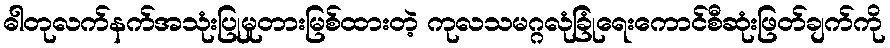
ဓါတုလက်နက်အသုံးပြုမှုတားမြစ်ထားတဲ့ ကုလသမဂ္ဂလုံခြုံရေးကောင်စီဆုံးဖြတ်ချက်ကို